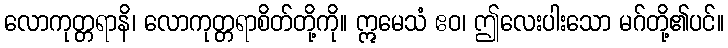
လောကုတ္တရာနိ၊ လောကုတ္တရာစိတ်တို့ကို။ ဣမေသံ ဧဝ၊ ဤလေးပါးသော မဂ်တို့၏ပင်။